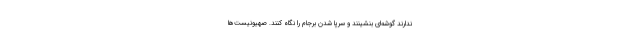
ندارند گوشه‌ای بنشینند و سرپا شدن برجام را نگاه کنند. صهیونیست‌ها